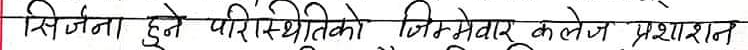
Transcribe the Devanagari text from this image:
सिर्जना हुने परिस्थितिको जिम्मेवार कलेज प्रशासन